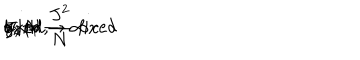
g _ { Y M } \hspace { 0 . 3 c m } \mathrm { f i x e d , } \hspace { 0 . 3 c m } J , N \rightarrow \infty \hspace { 0 . 3 c m } \mathrm { w i t h } \hspace { 0 . 3 c m } g _ { 2 } = \frac { J ^ { 2 } } { N } \mathrm { ~ f i x e d }